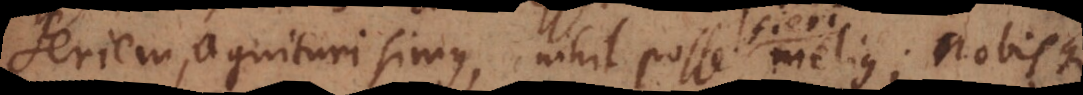
seriem, agnituri simus, nihil posse fieri melius; nobisque